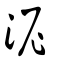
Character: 泥